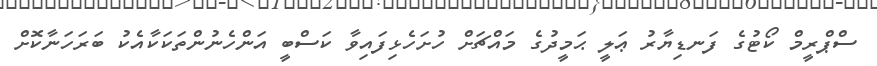
ސްޕްރީމް ކޯޓުގެ ފަނޑިޔާރު ޢަލީ ޙަމީދުގެ މައްޗަށް ހުށަހެޅިފައިވާ ކަސްބީ އަންހެނުންތަކަކާއެކު ބަރަހަނާކޮށް